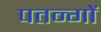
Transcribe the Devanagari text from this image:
पतन्‍गों